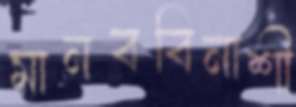
মানববিনাশী